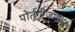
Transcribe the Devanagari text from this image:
पोर्तुगीजानंतर